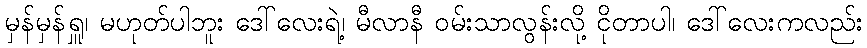
မှန်မှန်ရှူ၊ မဟုတ်ပါဘူး ဒေါ်လေးရဲ့၊ မီလာနီ ဝမ်းသာလွန်းလို့ ငိုတာပါ၊ ဒေါ်လေးကလည်း